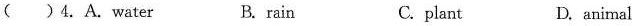
( )4.A. water B. rain C.plant D. animal